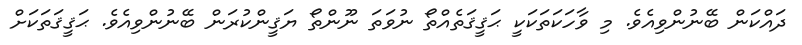
ދައްކަން ބޭނުންވިއެވެ. މި ވާހަކަތަކަކީ ޙަޤީޤަތެއްތޯ ނުވަތަ ނޫންތޯ ޔަޤީންކުރަން ބޭނުންވިއެވެ. ޙަޤީޤަތަކަށް